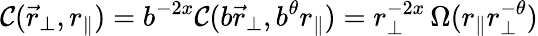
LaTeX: \mathcal{C}(\vec{{r}}_{\perp},r_{\| })=b^{-2x}\mathcal{C}(b\vec{{r}}_{\perp},b^{\theta}r_{\| })=r_{\perp}^{-2x}\, \Omega(r_{\| }r_{\perp}^{-\theta})